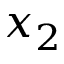
x _ { 2 }